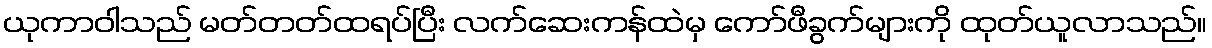
ယုကာဝါသည် မတ်တတ်ထရပ်ပြီး လက်ဆေးကန်ထဲမှ ကော်ဖီခွက်များကို ထုတ်ယူလာသည်။